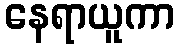
နေရာယူကာ